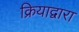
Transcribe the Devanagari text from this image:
क्रियाद्वारा